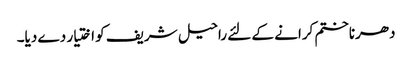
دھرناختم کرانے کے لئے راحیل شریف کو اختیار دے دیا۔